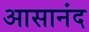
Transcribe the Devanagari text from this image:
आसानंद